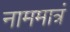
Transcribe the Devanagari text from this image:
नाममात्रं